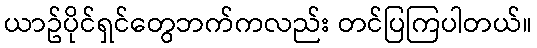
ယာဥ်ပိုင်ရှင်တွေဘက်ကလည်း တင်ပြကြပါတယ်။